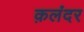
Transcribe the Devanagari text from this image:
क़लंदर